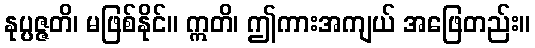
နုပ္ပဇ္ဇတိ၊ မဖြစ်နိုင်။ ဣတိ၊ ဤကားအကျယ် အဖြေတည်း။